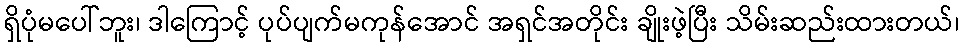
ရှိပုံမပေါ်ဘူး၊ ဒါကြောင့် ပုပ်ပျက်မကုန်အောင် အရှင်အတိုင်း ချိုးဖဲ့ပြီး သိမ်းဆည်းထားတယ်၊